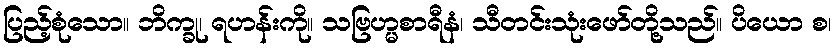
ပြည့်စုံသော။ ဘိက္ခု၊ ရဟန်းကို။ သဗြဟ္မစာရီနံ၊ သီတင်းသုံးဖော်တို့သည်။ ပိယော စ၊